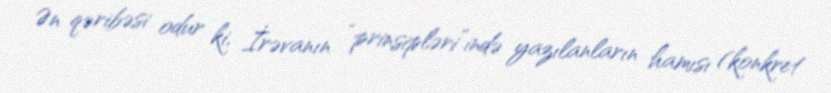
Ən qəribəsi odur ki, İrəvanın “prinsipləri”ində yazılanların hamısı (konkret